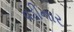
વડીનાર